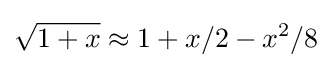
{\sqrt {1+x}}\approx 1+x/2-x^{2}/8